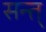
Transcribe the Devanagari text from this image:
सन्त्